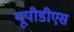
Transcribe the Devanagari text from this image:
यूपीडीएस